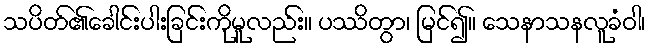
သပိတ်၏ခေါင်းပါးခြင်းကိုမူလည်း။ ပဿိတွာ၊ မြင်၍။ သေနာသနလူခံဝါ၊